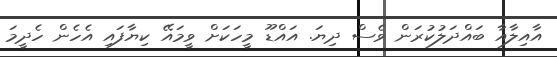
އާއިލާއާ ބައްދަލުކުރަން ވެސް ދިޔަ. އައްޑޫ މީހަކަށް ވީމައޭ ކިޔާފައި އެހެން ހެދީމަ